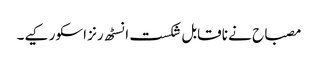
مصباح نے ناقابل شکست انسٹھ رنز اسکور کیے۔